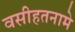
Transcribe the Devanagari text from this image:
वसीहतनामे